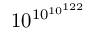
1 0 ^ { 1 0 ^ { 1 0 ^ { 1 2 2 } } }